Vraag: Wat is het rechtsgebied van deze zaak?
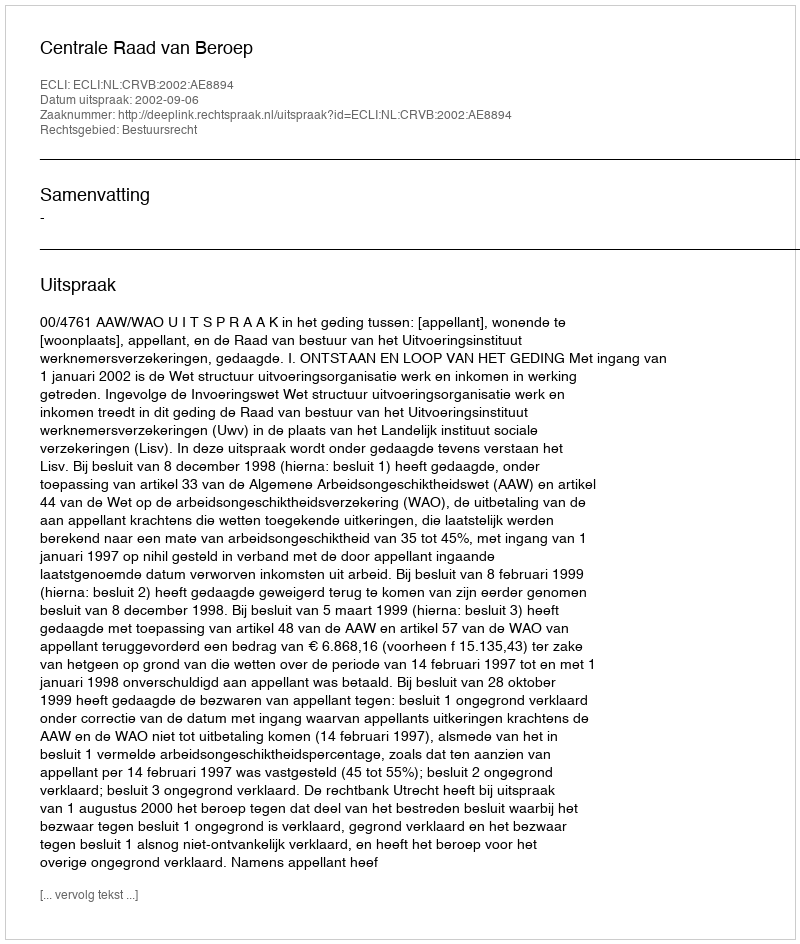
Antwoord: Bestuursrecht